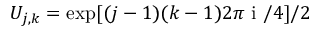
U _ { j , k } = \exp [ ( j - 1 ) ( k - 1 ) 2 \pi \mathrm { ~ i ~ } / 4 ] / 2